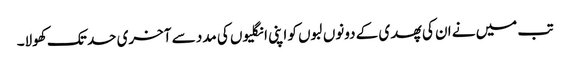
تب میں نے ان کی پھدی کے دونوں لبوں کو اپنی انگلیوں کی مدد سے آخری حد تک کھولا۔